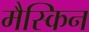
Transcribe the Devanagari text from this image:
मैस्किन